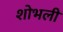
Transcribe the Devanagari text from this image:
शोभली